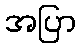
အပြာ